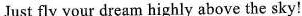
Just fly your dream highly above the sky!